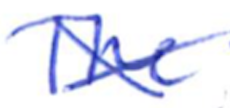
Text: The
Cross-out: mix
Writing tool: ballpoint